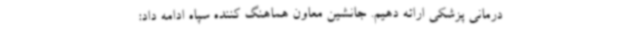
درمانی پزشکی ارائه دهیم. جانشین معاون هماهنگ کننده سپاه ادامه داد: